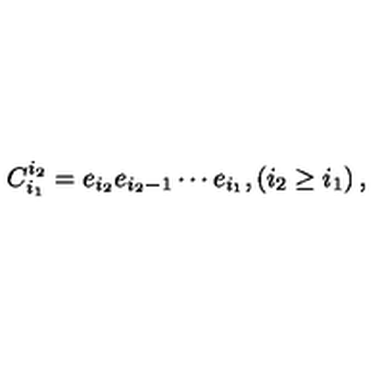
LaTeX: C _ { i _ { 1 } } ^ { i _ { 2 } } = e _ { i _ { 2 } } e _ { i _ { 2 } - 1 } \cdots e _ { i _ { 1 } } , \left( i _ { 2 } \geq i _ { 1 } \right) ,